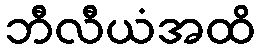
ဘီလီယံအထိ